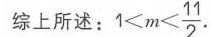
综上所述：\(1 < m < \frac{11}{2}\).